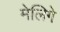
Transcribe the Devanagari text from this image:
मेलिगे